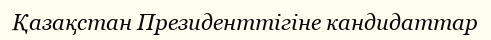
Қазақстан Президенттігіне кандидаттар